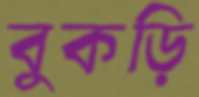
বুকড়ি